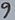
Text: 9